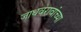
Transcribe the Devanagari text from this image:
जाधवरावांच्या